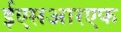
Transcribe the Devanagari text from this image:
ईएसआरएफ